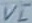
Text: VI